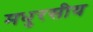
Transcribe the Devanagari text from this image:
मधुरसीय